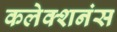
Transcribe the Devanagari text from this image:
कलेक्शनंस